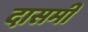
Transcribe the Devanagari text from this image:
दासमी